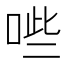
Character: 𭈐